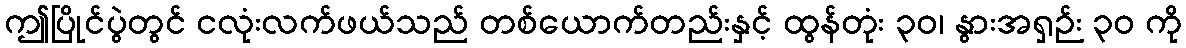
ဤပြိုင်ပွဲတွင် ငလုံးလက်ဖယ်သည် တစ်ယောက်တည်းနှင့် ထွန်တုံး ၃၀၊ နွားအရှဉ်း ၃၀ ကို